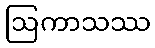
ဩကာသဿ